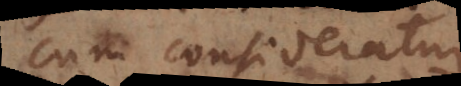
Cum consideratur